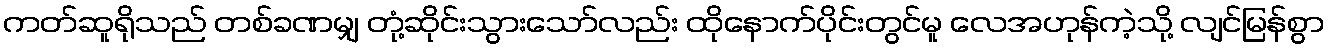
ကတ်ဆူရိုသည် တစ်ခဏမျှ တုံ့ဆိုင်းသွားသော်လည်း ထိုနောက်ပိုင်းတွင်မူ လေအဟုန်ကဲ့သို့ လျင်မြန်စွာ